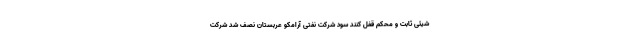
شیئی ثابت و محکم قفل کنند سود شرکت نفتی آرامکو عربستان نصف شد شرکت